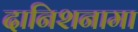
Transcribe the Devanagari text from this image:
दानिशनामा